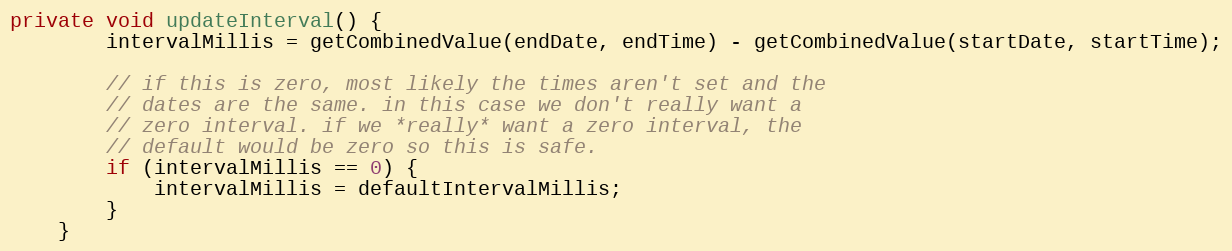
Language: Java
private void updateInterval() {
        intervalMillis = getCombinedValue(endDate, endTime) - getCombinedValue(startDate, startTime);

        // if this is zero, most likely the times aren't set and the
        // dates are the same. in this case we don't really want a
        // zero interval. if we *really* want a zero interval, the
        // default would be zero so this is safe.
        if (intervalMillis == 0) {
            intervalMillis = defaultIntervalMillis;
        }
    }